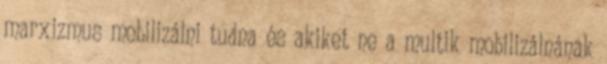
marxizmus mobilizálni tudna és akiket ne a multik mobilizálnának